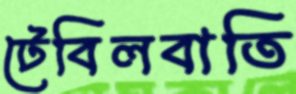
টেবিলবাতি